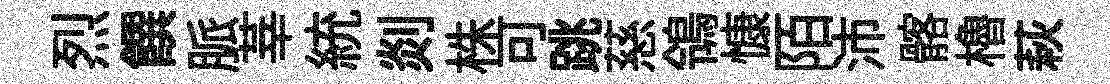
烈饌脈莘統剡株可跳慈鴒慷陌沛髂櫓萩